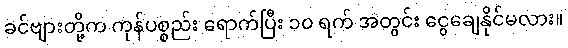
ခင်ဗျားတို့က ကုန်ပစ္စည်း ရောက်ပြီး ၁၀ ရက် အတွင်း ငွေချေနိုင်မလား။